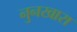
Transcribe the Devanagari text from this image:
नुनखारा